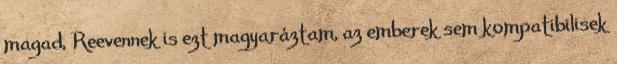
magad, Reevennek is ezt magyaráztam, az emberek sem kompatibilisek